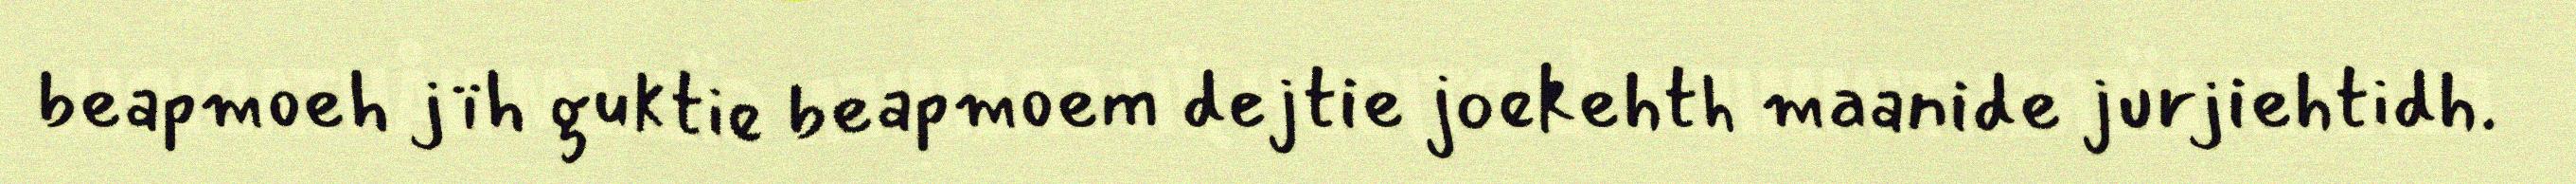
beapmoeh jïh guktie beapmoem dejtie joekehth maanide jurjiehtidh.